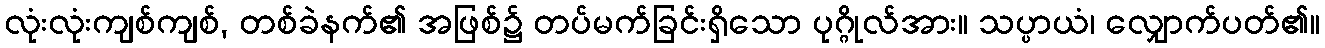
လုံးလုံးကျစ်ကျစ်, တစ်ခဲနက်၏ အဖြစ်၌ တပ်မက်ခြင်းရှိသော ပုဂ္ဂိုလ်အား။ သပ္ပာယံ၊ လျှောက်ပတ်၏။